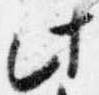
此